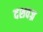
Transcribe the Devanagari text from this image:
दशवज्र